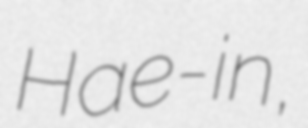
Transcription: Hae-in,